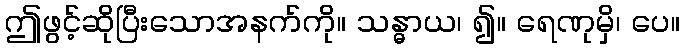
ဤဖွင့်ဆိုပြီးသောအနက်ကို။ သန္ဓာယ၊ ၍။ ရေဏုမှိ၊ ပေ။